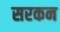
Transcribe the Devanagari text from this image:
सरकन